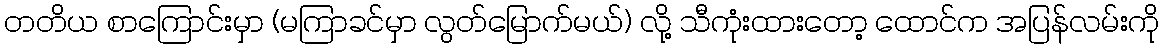
တတိယ စာကြောင်းမှာ (မကြာခင်မှာ လွတ်မြောက်မယ်) လို့ သီကုံးထားတော့ ထောင်က အပြန်လမ်းကို